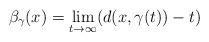
LaTeX: \begin{align*} \beta_\gamma(x)=\lim_{t\rightarrow\infty}(d(x,\gamma(t))-t)\end{align*}